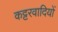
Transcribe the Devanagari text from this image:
कट्टरवादियों